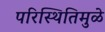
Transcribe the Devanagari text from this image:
परिस्थितिमुळे